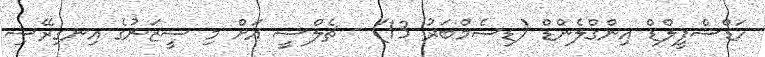
ހަޑްސްފީލްޑް އިންގްލެންޑް (ޑިސެމްބަރު 13) - ޗެލްސީ އަށް މި ސީޒަނުގެ އިނގިރޭސި